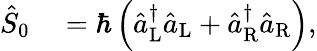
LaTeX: \begin{array}{rl}{\hat{S}_{0}}&{{}=\hbar\left(\hat{a}_{\mathrm{L}}^{\dagger}\hat{a}_{\mathrm{L}}+\hat{a}_{\mathrm{R}}^{\dagger}\hat{a}_{\mathrm{R}}\right),}\end{array}